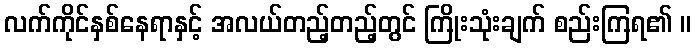
လက်ကိုင်နှစ်နေရာနှင့် အလယ်တည့်တည့်တွင် ကြိုးသုံးချက် စည်းကြရ၏ ။